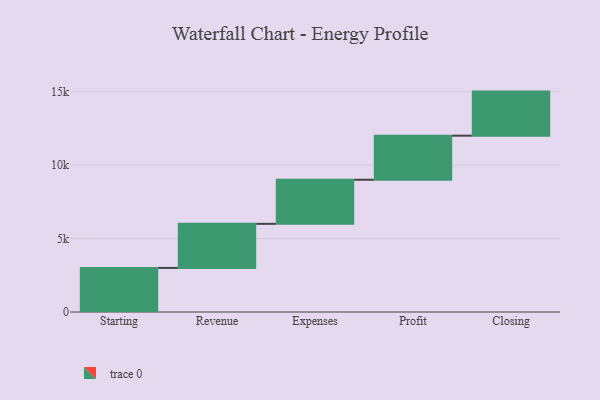
{"axis": {"x": "Step", "y": "Value"}, "legend": [""], "data": [{"x": "Starting", "y": 3000, "type": ""}, {"x": "Revenue", "y": 3000, "type": ""}, {"x": "Expenses", "y": 3000, "type": ""}, {"x": "Profit", "y": 3000, "type": ""}, {"x": "Closing", "y": 3000, "type": ""}]}